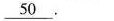
\underline{50}.